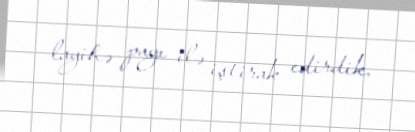
layihə payı ilə iştirak edirdik.